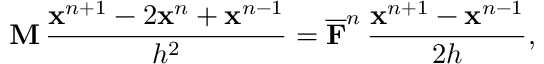
\mathbf { M } \, \frac { \mathbf { x } ^ { n + 1 } - 2 \mathbf { x } ^ { n } + \mathbf { x } ^ { n - 1 } } { h ^ { 2 } } = \overline { \mathbf { F } } ^ { n } \, \frac { \mathbf { x } ^ { n + 1 } - \mathbf { x } ^ { n - 1 } } { 2 h } ,